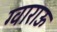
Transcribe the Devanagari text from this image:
ग्वाराऊ